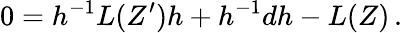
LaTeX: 0=h^{-1}L(Z^{\prime})h+h^{-1}dh-L(Z)\, .